Calcutta medical institutions reports 1892-1900
Year: 1892
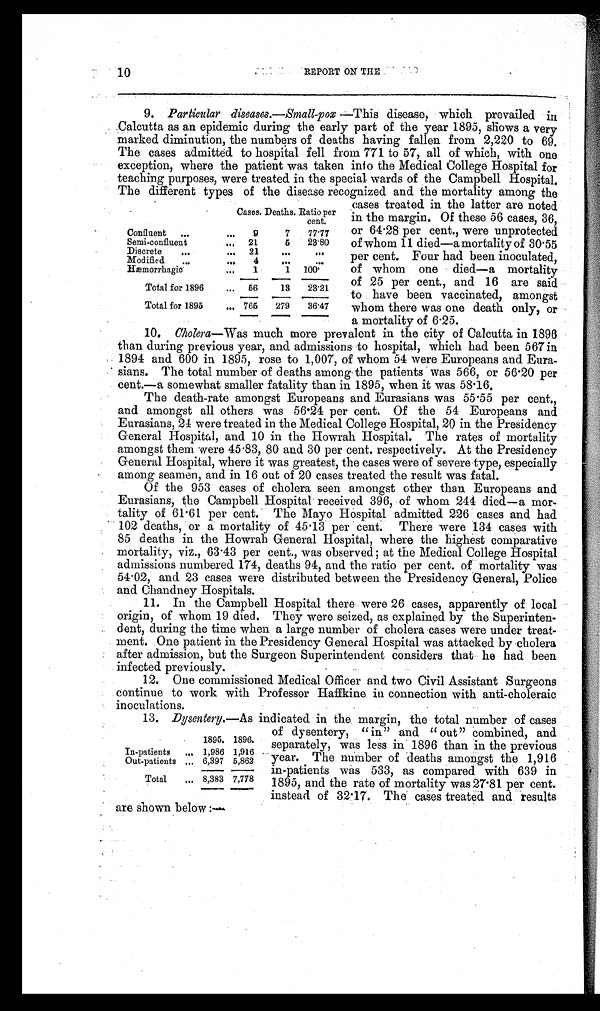
10
REPORT ON THE
9. Particular diseases .—Small-pox —This disease, which prevailed in
Calcutta as an epidemic during the early part of the year 1895, shows a very
marked diminution, the numbers of deaths having fallen from 2,220 to 69.
The cases admitted to hospital fell from 771 to 57, all of which, with one
exception, where the patient was taken into the Medical College Hospital for
teaching purposes, were treated in the special-wards of the Campbell Hospital.
The different types of the disease recognized and the mortality among the
cases treated in the latter are noted
in the margin. Of these 56 cases, 36,
or 64.28 per cent., were unprotected
of whom 11 died—a mortality of 30.55
per cent. Four had been inoculated,
of whom one died—a mortality
of 25 per cent., and 16 are said
to have been. vaccinated, amongst
whom there was one death only, or
a mortality of 6.25.
10. Cholera —Was much more prevalent in the city of Calcutta in 1896
than during previous year, and admissions to hospital, which had been 567 in
1894 and 600 in 1895, rose to 1,007, of whom 54 were Europeans and Eura-
sians. The total number of deaths among the patients was 566, or 56.20 per
cent.—a somewhat smaller fatality than in 1895, when it was 58.16.
The death-rate amongst Europeans and Eurasians was 55.55 per cent.,
and amongst all others was 56.24 per cent. Of the 54 Europeans and
Eurasians, 24 were treated in the Medical College Hospital, 20 in the Presidency
General Hospital, and 10 in the Howrah Hospital. The rates of mortality
amongst them -were 45.83, 80 and 30 per cent. respectively. At the Presidency
General Hospital, where it was greatest, the cases were of severe type, especially
among seamen, and in 16 out of 20 cases treated the result was fatal.
Of the 953 cases of cholera seen amongst other than Europeans and
Eurasians, the Campbell Hospital received 396, of whom 244 died—a mor
- t a l i t y o f 6 1 . 6 1 p e r c e n t . T h e M a y o H o s p i t a l a d m i t t e d 2 2 6 c a s e s a n d h a d
102 deaths, or a mortality of 45.13 per cent. There were 134 cases with
85 deaths in the Howrah General Hospital, where the highest comparative
mortality, viz., 63.43 per cent., was observed ; at the Medical College Hospital
admissions numbered 174, deaths 94, and the ratio per cent. of mortality was
54.02, and 23 cases were distributed between the Presidency General, Police
and Chandney Hospitals.
11. In the Campbell Hospital there were 26 cases, apparently of local
origin, of whom 19 died. They were seized, as explained by the Superinten
-dent, during the time when a large number of cholera cases were under treat
- m e n t . O n e p a t i e n t i n t h e P r e s i d e n c y G e n e r a l H o s p i t a l w a s a t t a c k e d b y c h o l e r a
after admission, but the Surgeon Superintendent considers that he had been
infected previously.
12. One commissioned Medical Officer and two Civil Assistant Surgeons
continue to work with Professor Haffkine in connection with anti-choleraic
inoculations.
1 3 .D
y s e n t e r y.
— A s
i n d i c a t e d i n t h e m a r g i n , t h e t o t a l n u m b e r o f c a s e s
of dysentery, " in" and " out" combined, and
separately, was less in 1896 than in the previous
year. The number of deaths amongst the 1,916
in-patients was 533, as compared with 639 in
1895, and the rate of mortality was 27.81 per cent.
instead of 32.17. The cases treated and results
are shown below :—
Cases. Deaths. Ratio per
cent.
Confluent . . .
9
7
77.77
Semi-confluent . . .
21
5
23.80
Discrete . . .
21
. . .
. . .
Modified . . .
4
. . .
. . .
Hæmorrhagic . . .
1
1
100.
Total for 1896 . . . 56
13
23.21
Total for 1895 . . . 765
279
36.47
1895. 1896.
In-patients . . .
1,986 1,916
Out-patients . . .
6,397 5,862
Total . . . 8,383 7,778